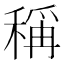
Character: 稱